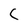
Character: C